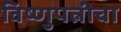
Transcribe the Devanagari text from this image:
विष्णुपत्नीचा